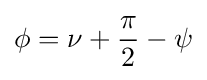
\phi =\nu +{\frac {\pi }{2}}-\psi